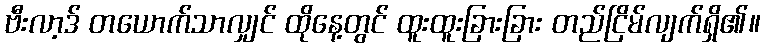
ဗီးလာ့ဒ် တယောက်သာလျှင် ထိုနေ့တွင် ထူးထူးခြားခြား တည်ငြိမ်လျက်ရှိ၏။